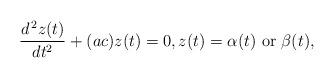
LaTeX: \begin{align*}\frac{d^{\,2} z(t)}{dt^2}+(ac)z(t)=0,z(t)=\alpha (t)\mbox{ or } \beta (t),\end{align*}